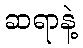
ဆရာနဲ့